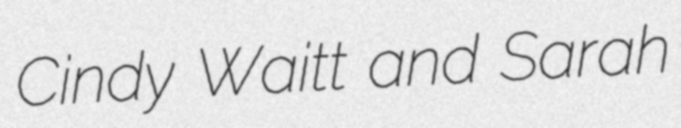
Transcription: Cindy Waitt and Sarah